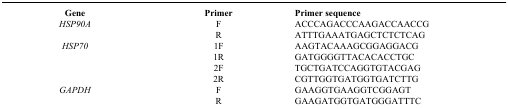
<table><thead><tr><td><b>Gene</b></td><td><b>Primer</b></td><td><b>Primer sequence</b></td></tr></thead><tbody><tr><td rowspan="2"><i>HSP90A</i>  </td><td>F</td><td>ACCCAGACCCAAGACCAACCG</td></tr><tr><td>R</td><td>ATTTGAAATGAGCTCTCTCAG</td></tr><tr><td rowspan="4"><i>HSP70</i>      </td><td>1F</td><td>AAGTACAAAGCGGAGGACG</td></tr><tr><td>1R</td><td>GATGGGGTTACACACCTGC</td></tr><tr><td>2F</td><td>TGCTGATCCAGGTGTACGAG</td></tr><tr><td>2R</td><td>CGTTGGTGATGGTGATCTTG</td></tr><tr><td rowspan="2"><i>GAPDH</i>  </td><td>F</td><td>GAAGGTGAAGGTCGGAGT</td></tr><tr><td>R</td><td>GAAGATGGTGATGGGATTTC</td></tr></tbody></table>